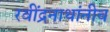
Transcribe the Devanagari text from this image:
रवींद्रनाथांनीच